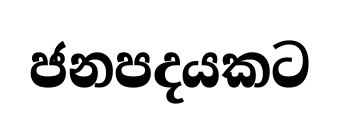
ජනපදයකට